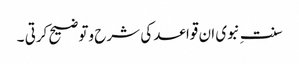
سنت ِنبوی ان قواعد کی شرح وتوضیح کرتی ۔